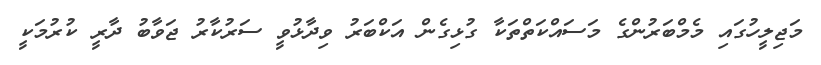
މަޖިލީހުގައި މެމްބަރުންގެ މަސައްކަތްތަކާ ގުޅިގެން އަކްބަރު ވިދާޅުވީ ސަރުކާރު ޖަވާބު ދާރީ ކުރުމަކީ